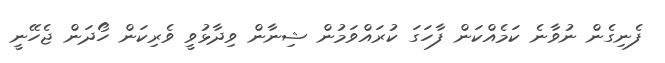
ފެނިގެން ނުވާނެ ކަމެއްކަން ފާހަގަ ކުރައްވަމުން ޝިނާން ވިދާޅުވީ ވެރިކަން ހޯދަން ޖެހޭނީ